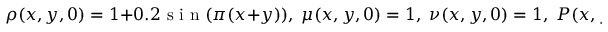
\rho ( x , y , 0 ) = 1 + 0 . 2 \mathrm { ~ s ~ i ~ n ~ } ( \pi ( x + y ) ) , \; \mu ( x , y , 0 ) = 1 , \; \nu ( x , y , 0 ) = 1 , \; P ( x , y , 0 ) = 1 ,